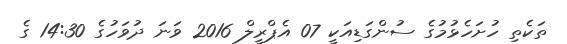
ތަކެތި ހުށަހެޅުމުގެ ސުންގަޑިއަކީ 07 އެޕްރީލް 2016 ވަނަ ދުވަހުގެ 14:30 ގެ